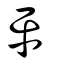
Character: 平